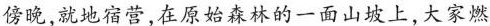
傍晚，就地宿营，在原始森林的一面山坡上，大家燃